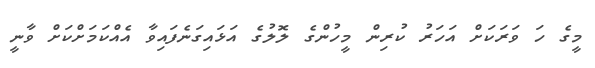
މީގެ ހަ ވަރަކަށް އަހަރު ކުރިން މީހުންގެ ލޮލުގެ އަޅައިގަނެފައިވާ އެއްކަމަށްކަށް ވާނީ